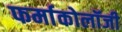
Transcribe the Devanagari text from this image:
फर्माकोलॉजी